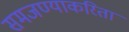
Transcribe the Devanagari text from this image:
समजण्याकरिता